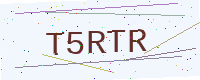
Text: T5RTR